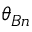
\theta _ { B n }